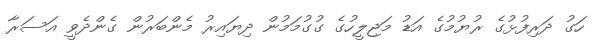
ހަގު ދަރިފުޅުގެ ރުޔުމުގެ އަޑު މަޖިލީހުގެ ގުގުމަމުން ދިޔައިރު މެންބަރުން ގެންދެވީ އަސަރާ